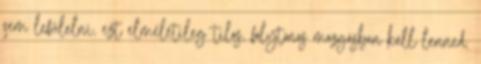
sem lefülelni, ezt elméletileg tilos, folytonos mozgásban kell lenned.